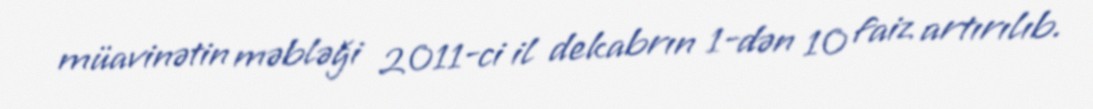
müavinətin məbləği 2011-ci il dekabrın 1-dən 10 faiz artırılıb.